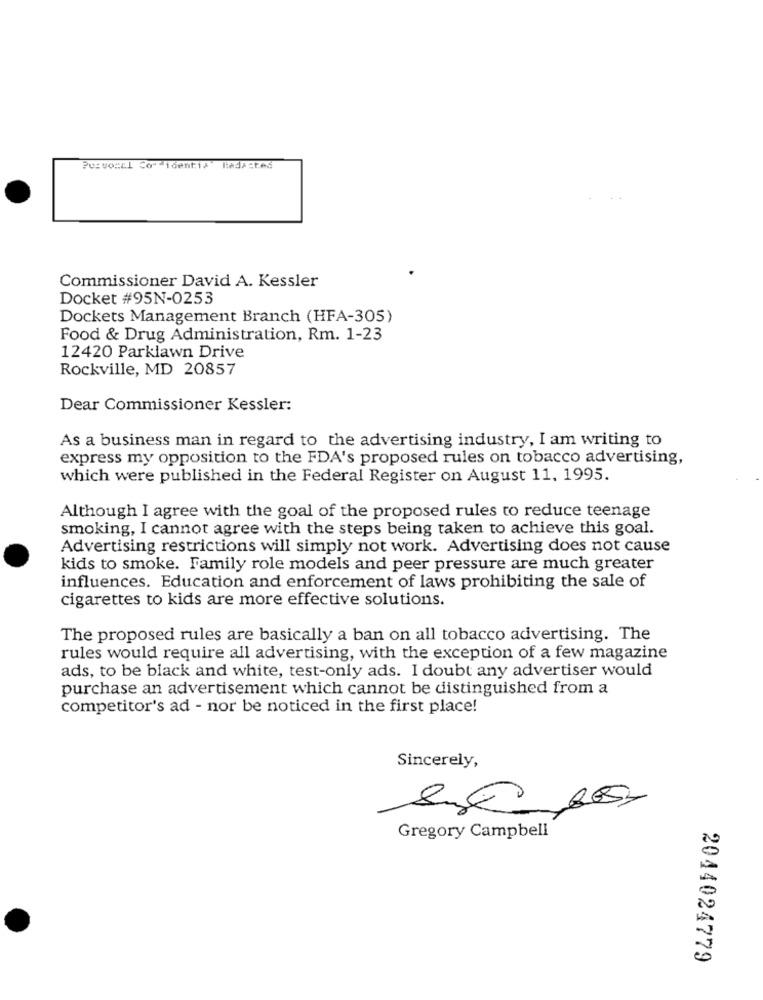
Personal Cov toentis lada:tes
Commissioner David A. Kessler
Docket #95N-0253
Dockets Management Branch (HFA-305)
Food & Drug Administration, Rm. 1-23
12420 Parklawn Drive
Rockville, MD 20857
Dear Commissioner Kessler:
As a business man in regard to the advertising industry, I am writing to
express my opposition to the FDA's proposed rules on tobacco advertising,
which were published in the Federal Register on August 11, 1995.
Although I agree with the goal of the proposed rules to reduce teenage
smoking, I cannot agree with the steps being taken to achieve this goal.
Advertising restrictions will simply not work. Advertising does not cause
kids to smoke. Family role models and peer pressure are much greater
influences. Education and enforcement of laws prohibiting the sale of
cigarettes to kids are more effective solutions.
The proposed rules are basically a ban on all tobacco advertising. The
rules would require all advertising, with the exception of a few magazine
ads, to be black and white, test-only ads. I doubt any advertiser would
purchase an advertisement which cannot be distinguished from a
competitor's ad - nor be noticed in the first place!
Sincerely,
Gregory Campbell
2044024779